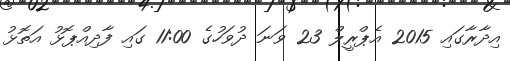
އިދާރާގައި 2015 އެޕްރީލް 23 ވަނަ ދުވަހުގެ 11:00 ގައި ފާދިއްޕޮޅު އަތޮޅު